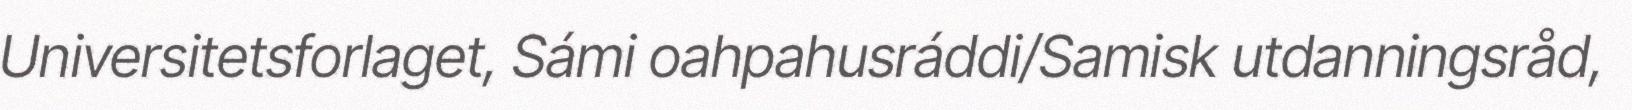
Universitetsforlaget, Sámi oahpahusráddi/Samisk utdanningsråd,